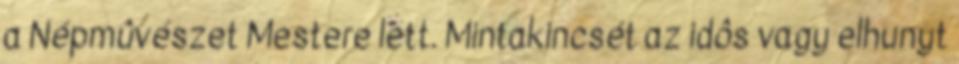
a Népmûvészet Mestere lett. Mintakincsét az idôs vagy elhunyt